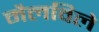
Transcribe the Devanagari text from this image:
मैलविले